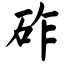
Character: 砟